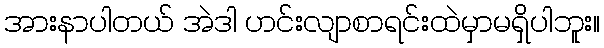
အားနာပါတယ် အဲဒါ ဟင်းလျာစာရင်းထဲမှာမရှိပါဘူး။